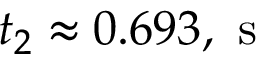
t _ { 2 } \approx 0 . 6 9 3 , \mathrm { ~ s ~ }